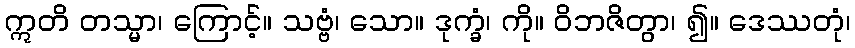
ဣတိ တသ္မာ၊ ကြောင့်။ သဗ္ဗံ၊ သော။ ဒုက္ခံ၊ ကို။ ဝိဘဇိတွာ၊ ၍။ ဒေဿတုံ၊